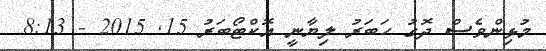
މުޅިންވެސް ދޮގު ހަބަރު ލިޔާނީ އޮކްޓޯބަރު 15